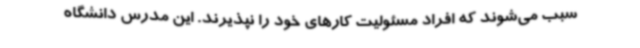
سبب می‌شوند که افراد مسئولیت کارهای خود را نپذیرند. این مدرس دانشگاه